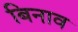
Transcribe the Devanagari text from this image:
बिनाव